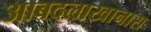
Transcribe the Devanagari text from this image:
आबदलाखानास